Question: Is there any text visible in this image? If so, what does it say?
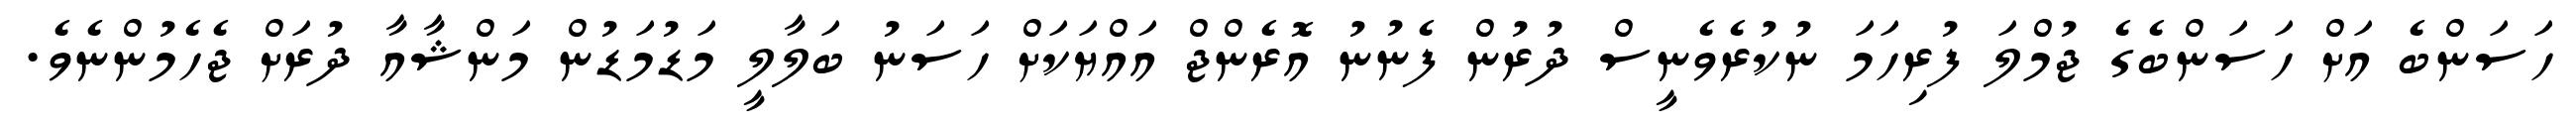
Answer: ހަސަންބެ އަށް ހަސަންބެގެ ޖުމްލަ ފުރިހަމަ ނުކުރެވެނީސް ދުރުން ފެނުނު އޮރެންޖް އައްޔަކަށް ހަސަނު ބަލާލީ މަޑުމަޑުން މަންޝާއާ ދުރަށް ޖެހެމުންނެވެ.